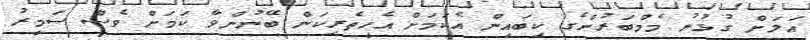
އަލަށް ގުޅުނު މެމްބަރުންގެ ކިބައިން އެކަމަށް އެހީތެރިކަން ބޭނުންވާ ކަމަށް ވެސް ސަމީރު